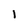
Character: 1